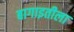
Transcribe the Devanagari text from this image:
बागाइतीला